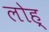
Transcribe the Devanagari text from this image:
लोह्